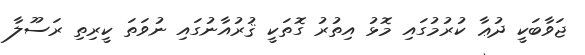
ޖަވާބަކީ ދުޢާ ކުރުމުގައި މޮޅު އިތުރު ގޮތަކީ ޤުރުއާނުގައި ނުވަތަ ކީރިތި ރަސޫލާ